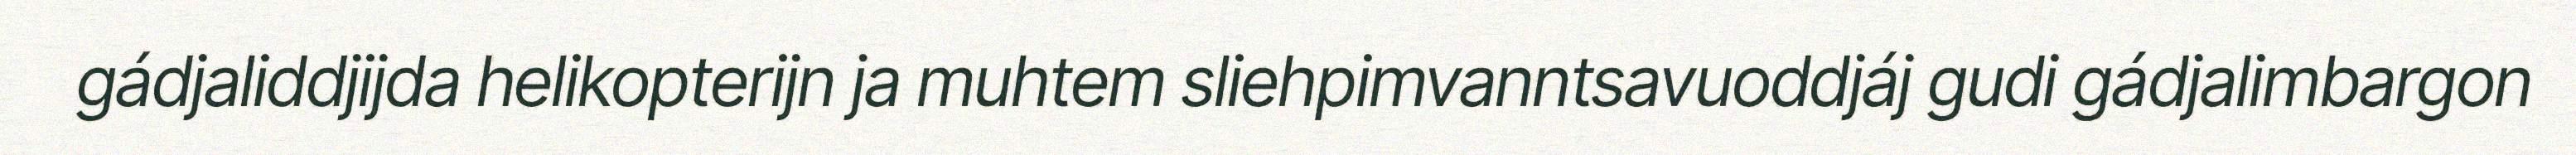
gádjaliddjijda helikopterijn ja muhtem sliehpimvanntsavuoddjáj gudi gádjalimbargon